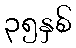
၃၅နှစ်